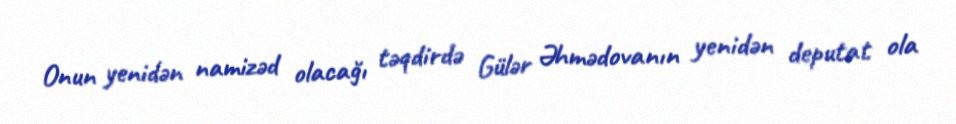
Onun yenidən namizəd olacağı təqdirdə Gülər Əhmədovanın yenidən deputat ola